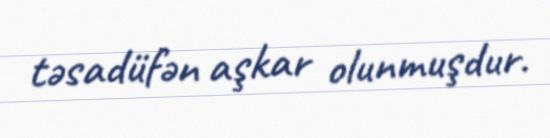
təsadüfən aşkar olunmuşdur.